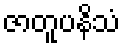
ဇာတူပနိသံ